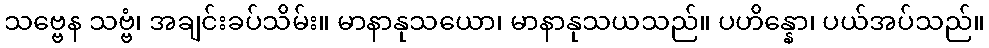
သဗ္ဗေန သဗ္ဗံ၊ အချင်းခပ်သိမ်း။ မာနာနုသယော၊ မာနာနုသယသည်။ ပဟိန္နော၊ ပယ်အပ်သည်။